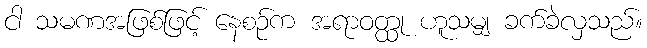
ငါ သမဏအဖြစ်ဖြင့် နေစဉ်က အရာဝတ္ထု ဟူသမျှ ခက်ခဲလှသည်။